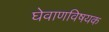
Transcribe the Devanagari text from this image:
घेवाणविषयक